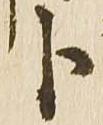
卜